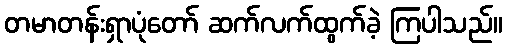
တမာတန်းရှာပုံတော် ဆက်လက်ထွက်ခဲ့ ကြပါသည်။